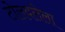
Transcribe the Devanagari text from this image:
टोलवलेला